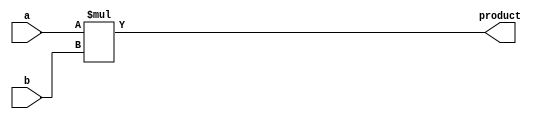
module multiplier_block (
    input [7:0] a, // input value 1
    input [7:0] b, // input value 2
    output reg [15:0] product // output result
    );

always @* begin
    product = a * b; // perform multiplication
end

endmodule